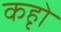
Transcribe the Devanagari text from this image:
कहृो